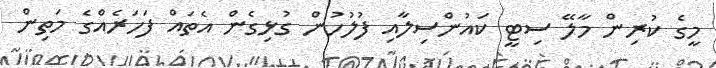
މީގެ ކުރިން މާލޭ ސިޓީ ކައުންސިލާއި ފުލުހުން ގުޅިގެން އެތައް ފަހަރެއްގެ މަތިން